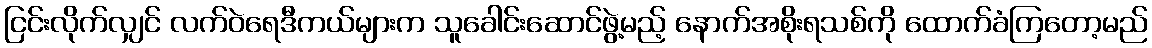
ငြင်းလိုက်လျှင် လက်ဝဲရေဒီကယ်များက သူခေါင်းဆောင်ဖွဲ့မည့် နောက်အစိုးရသစ်ကို ထောက်ခံကြတော့မည်